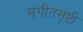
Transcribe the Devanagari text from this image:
संगीतसृष्टी